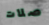
صلات